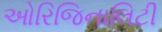
ઓરિજિનાલિટી